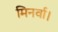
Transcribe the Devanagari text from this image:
मिनर्वा।